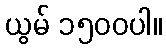
ယွမ် ၁၅၀၀ပါ။